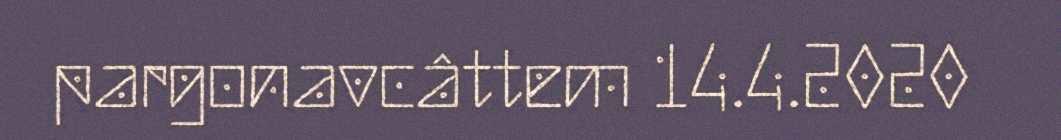
pargonavcâttem 14.4.2020